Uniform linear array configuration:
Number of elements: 4
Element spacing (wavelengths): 1
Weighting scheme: uniform
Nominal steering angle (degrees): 15
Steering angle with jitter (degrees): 13.988
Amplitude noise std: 0.05
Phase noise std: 0.05

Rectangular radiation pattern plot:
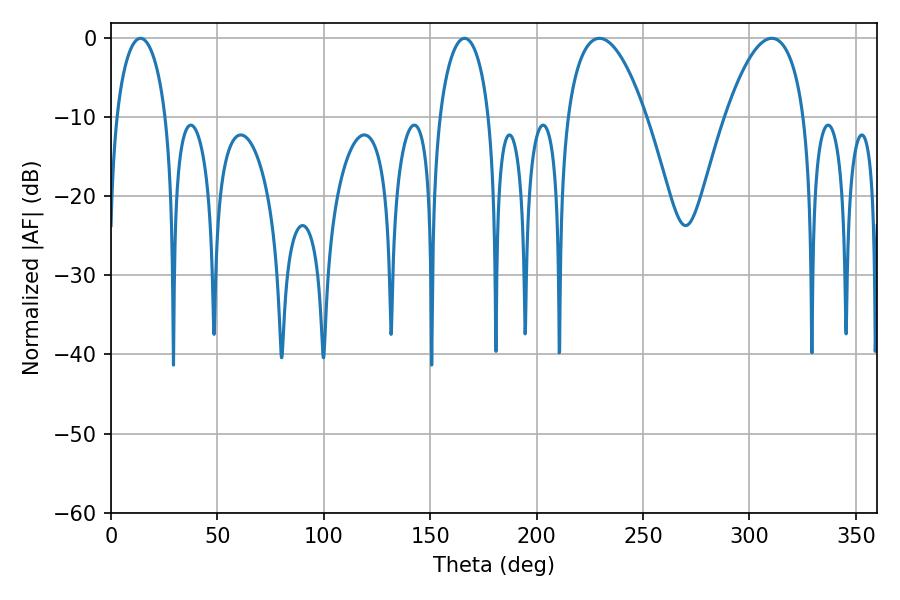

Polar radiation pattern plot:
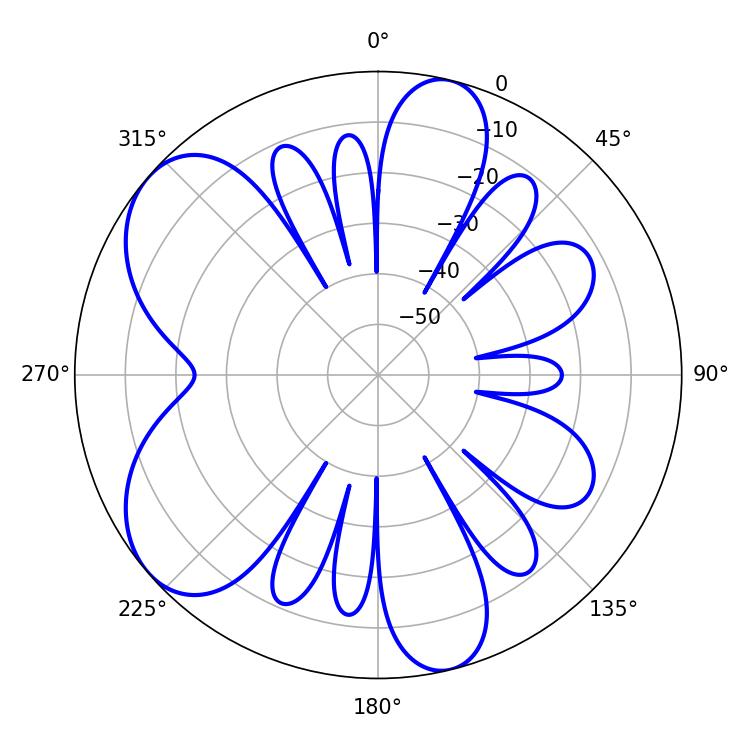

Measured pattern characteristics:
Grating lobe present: TRUE
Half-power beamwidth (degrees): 13.5
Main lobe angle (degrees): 166.14